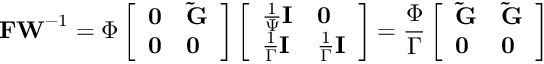
\mathbf { F W } ^ { - 1 } = \Phi \left[ \begin{array} { l l } { \mathbf { 0 } } & { \mathbf { \tilde { G } } } \\ { \mathbf { 0 } } & { \mathbf { 0 } } \end{array} \right] \left[ \begin{array} { l l } { \frac { 1 } { \Psi } \mathbf { I } } & { \mathbf { 0 } } \\ { \frac { 1 } { \Gamma } \mathbf { I } } & { \frac { 1 } { \Gamma } \mathbf { I } } \end{array} \right] = \frac { \Phi } { \Gamma } \left[ \begin{array} { l l } { \mathbf { \tilde { G } } } & { \mathbf { \tilde { G } } } \\ { \mathbf { 0 } } & { \mathbf { 0 } } \end{array} \right]